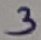
Text: 3